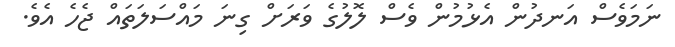
ނަމަވެސް އަނދުން އެޅުމުން ވެސް ލޮލުގެ ވަރަށް ގިނަ މައްސަލަތައް ޖެހެ އެވެ.